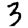
Digit: 3